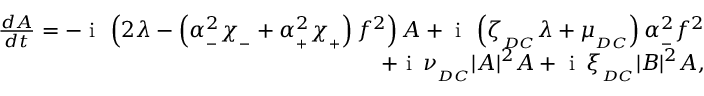
\begin{array} { r } { \frac { d A } { d t } = - \mathrm { ~ i ~ } \, \left( 2 \lambda - \left( \alpha _ { _ - } ^ { 2 } \chi _ { _ - } + \alpha _ { _ + } ^ { 2 } \chi _ { _ + } \right) f ^ { 2 } \right) A + \mathrm { ~ i ~ } \, \left( \zeta _ { _ { D C } } \lambda + \mu _ { _ { D C } } \right) \alpha _ { _ - } ^ { 2 } f ^ { 2 } } \\ { + \mathrm { ~ i ~ } \, \nu _ { _ { D C } } | A | ^ { 2 } A + \mathrm { ~ i ~ } \, \xi _ { _ { D C } } | B | ^ { 2 } A , } \end{array}